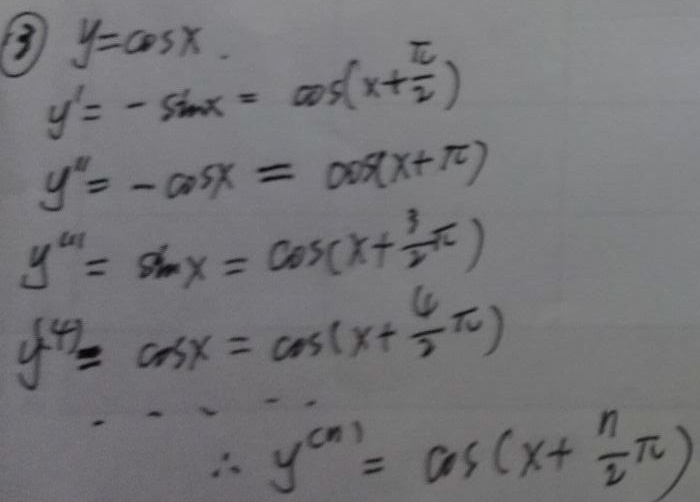
\textcircled{3}
\begin{align*}
y&=\cos x.\\
y'&=-\sin x=\cos(x + \frac{\pi}{2})\\
y''&=-\cos x=\cos(x+\pi)\\
y^{(3)}&=\sin x=\cos(x+\frac{3}{2}\pi)\\
y^{(4)}&=\cos x=\cos(x+\frac{4}{2}\pi)\\
&\cdots\\
\therefore\quad y^{(n)}&=\cos(x+\frac{n}{2}\pi)
\end{align*}